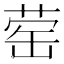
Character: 䓨